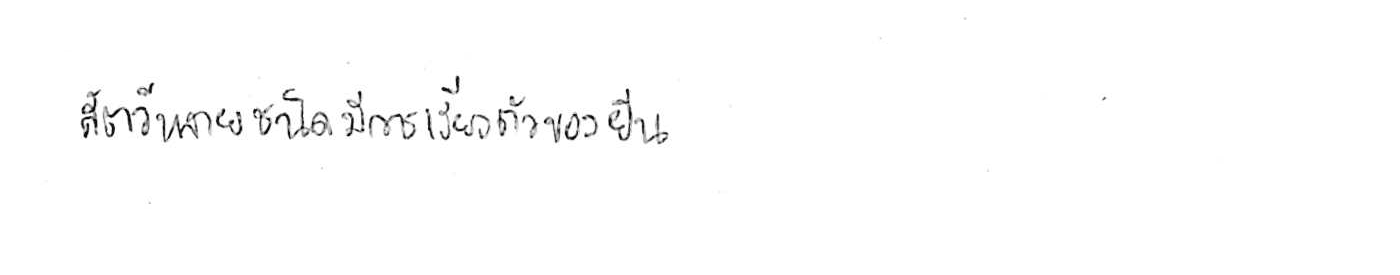
สัตว์หลายชนิดมีการเรียงตัวของยีน